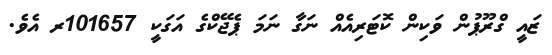
ޒައީ ގްރޫޕުން ވަކިން ކޮޓަރިއެއް ނަގާ ނަމަ ޕެޖޭކްގެ އަގަކީ 101657ރ އެވެ.